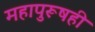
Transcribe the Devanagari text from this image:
महापुरूषही